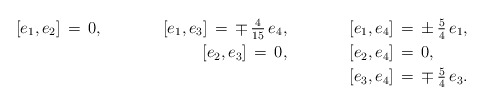
\begin{align*}{}[e_1,e_2]\,=\,0,\ \ \ \ \ \ \ \ \ \ \ [e_1,e_3]\,=\,\mp\,\tfrac{4}{15}\,e_4,\ \ \ \ \ \ \ \ \ \ \ [e_1,e_4]&\,=\,\pm\,\tfrac{5}{4}\,e_1,\\{}[e_2,e_3]\,=\,0,\ \ \ \ \ \ \ \ \ \ \ [e_2,e_4]&\,=\,0,\\{}[e_3,e_4]&\,=\,\mp\,\tfrac{5}{4}\,e_3.\end{align*}